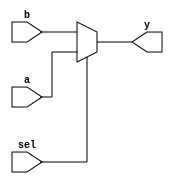
`timescale 1ns / 1ps
//////////////////////////////////////////////////////////////////////////////////
// Company: 
// Engineer: 
// 
// Design Name: 
// Module Name: mux2x1
// Project Name: 
// Target Devices: 
// Tool Versions: 
// Description: 
// 
// Dependencies: 
// 
// Revision:
// Revision 0.01 - File Created
// Additional Comments:
// 
//////////////////////////////////////////////////////////////////////////////////


module mux2x1 (
input sel, a,b,
output  y
    );
    
    assign y= (sel==1'b1)? a :b;
endmodule